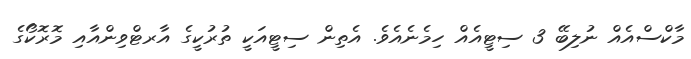
މާކްސްއެއް ނުލިބޭ 3 ސިޓީއެއް ހިމެނެއެވެ. އެތިން ސިޓީއަކީ ތުރުކީގެ އާރޓްވިންއާއި މޮރޮކޯގެ